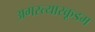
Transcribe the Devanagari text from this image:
अगस्त्यारकूडम